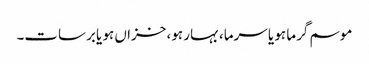
موسم گرما ہو یا سرما، بہار ہو، خزاں ہو یا برسات۔